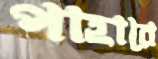
পাহারে